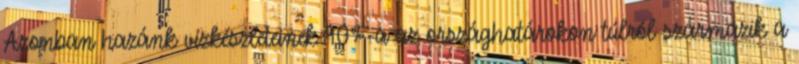
Azonban hazánk vízkészleteinek 90%-a az országhatárokon túlról származik a